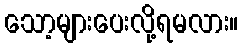
သော့များပေးလို့ရမလား။